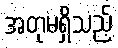
အတုမရှိသည့်